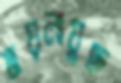
ময়লাযুক্ত